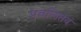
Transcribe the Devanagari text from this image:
प्रचलितेवं